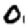
Digit: 0